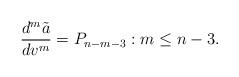
LaTeX: \begin{align*} \frac{d^m\tilde{a}}{dv^m}=P_{n-m-3}:m\leq n-3.\end{align*}